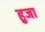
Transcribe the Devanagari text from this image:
हुजा